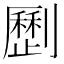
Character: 𠠝